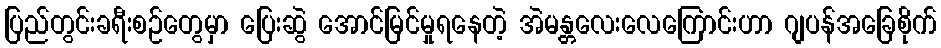
ပြည်တွင်းခရီးစဉ်တွေမှာ ပြေးဆွဲ အောင်မြင်မှုရနေတဲ့ အဲမန္တလေးလေကြောင်းဟာ ဂျပန်အခြေစိုက်